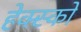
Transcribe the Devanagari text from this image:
हेक्स्को